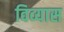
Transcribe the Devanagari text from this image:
विव्यास